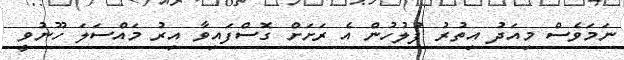
ނަމަވެސް މިއަދު އިތުރު ފުލުހުން އެ ރަށަށް ގޮސްފައިވާ އިރު މައްސަލަ ހޫނުވީ